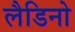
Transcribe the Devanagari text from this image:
लैडिनो